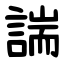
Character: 諯